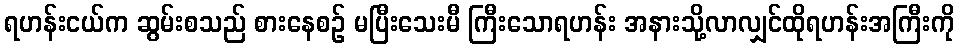
ရဟန်းငယ်က ဆွမ်းစသည် စားနေစဉ် မပြီးသေးမီ ကြီးသောရဟန်း အနားသို့လာလျှင်ထိုရဟန်းအကြီးကို